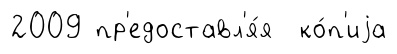
2009 пр'едоставл'я́я ко́п'иjа